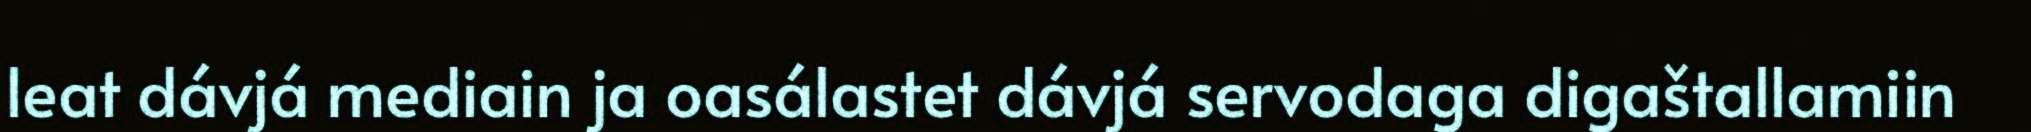
leat dávjá mediain ja oasálastet dávjá servodaga digaštallamiin